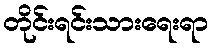
တိုင်းရင်းသားရေးရာ